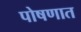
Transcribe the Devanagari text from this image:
पोषणात